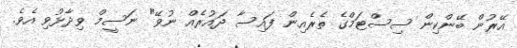
އޭރުން ބޭންކިން ސިސްޓަމްގެ ތެރެއިން ފައިސާ ދައުރެއް ނުވޭ" ނަސީމް ވިދާޅުވި އެވެ.